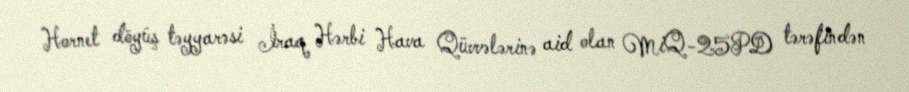
Hornet döyüş təyyarəsi İraq Hərbi Hava Qüvvələrinə aid olan MiQ-25PD tərəfindən